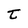
Character: t